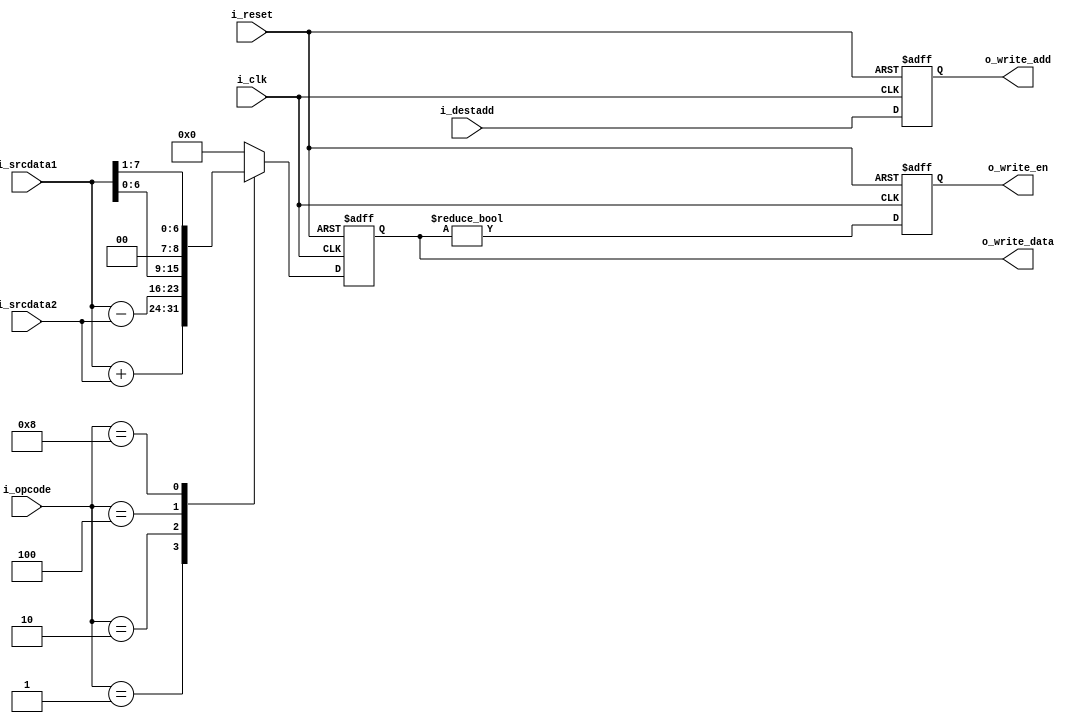
module execute(
    input i_clk,
    input i_reset,
    input [3:0] i_opcode,
    input [7:0] i_srcdata1,
    input [7:0] i_srcdata2,
    input [3:0] i_destadd,
    output reg o_write_en,
    output reg [3:0] o_write_add,
    output reg [7:0] o_write_data
);

localparam ADD = 4'b0001,
           SUB = 4'b0010,
           LSHIFT = 4'b0100,
           RSHIFT = 4'b1000;

always @(posedge i_clk or negedge i_reset) begin
    if (!i_reset) begin
        o_write_en <= 1'b0;
        o_write_add <= 4'h0;
        o_write_data <= 8'h0;
    end else begin
        o_write_add <= i_destadd;
        case (i_opcode)
            ADD: o_write_data <= i_srcdata1 + i_srcdata2;
            SUB: o_write_data <= i_srcdata1 - i_srcdata2;
            LSHIFT: o_write_data <= i_srcdata1 << 1;
            RSHIFT: o_write_data <= i_srcdata1 >> 1;
            default: o_write_data <= 8'h0;
        endcase
        o_write_en <= (o_write_data != 8'h0);
    end
end

endmodule